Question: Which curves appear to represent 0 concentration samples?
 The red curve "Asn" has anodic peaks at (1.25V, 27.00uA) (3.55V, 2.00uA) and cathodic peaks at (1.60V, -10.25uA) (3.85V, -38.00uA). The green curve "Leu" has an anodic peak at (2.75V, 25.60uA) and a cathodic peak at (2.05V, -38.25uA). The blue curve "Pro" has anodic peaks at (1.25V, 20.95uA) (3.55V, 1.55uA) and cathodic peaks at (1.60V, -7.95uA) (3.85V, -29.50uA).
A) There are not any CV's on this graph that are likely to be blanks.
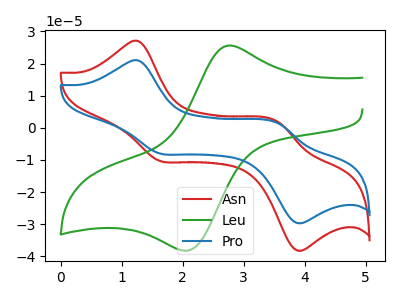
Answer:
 <answer>A) There are not any CV's on this graph that are likely to be blanks.</answer>
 <eval>A</eval>